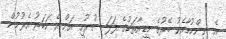
އެ ނިންމުމާއެކު ބޭރުގެ މީޑިއާތަކުގެ ފަލަ ސުރުހީ އަށް އެ ހަބަރު އެރުމުން